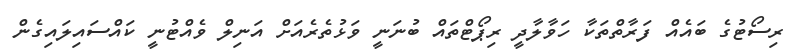
ރިސޯޓުގެ ބައެއް ފަރާތްތަކާ ހަވާލާދީ ރިޕޯޓްތައް ބުނަނީ ވަޅުތެރެއަށް އަނިލް ވެއްޓުނީ ކައްސައިލައިގެން